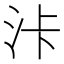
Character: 𣳓